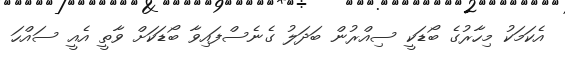
އެކަމަކު މިހާރުގެ ބޯޑަކީ ސިއްރުން ބަދަލު ގެނެސްފައިވާ ބޯޑަކަށް ވާތީ އެއީ ސައްހަ